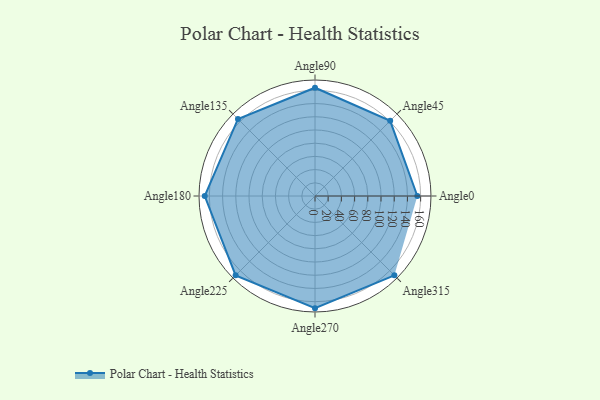
{"axis": {"x": "Angle", "y": "Radius"}, "legend": [""], "data": [{"x": "Angle0", "y": 155.0, "type": ""}, {"x": "Angle45", "y": 161.0, "type": ""}, {"x": "Angle90", "y": 164.0, "type": ""}, {"x": "Angle135", "y": 165.0, "type": ""}, {"x": "Angle180", "y": 167.0, "type": ""}, {"x": "Angle225", "y": 170, "type": ""}, {"x": "Angle270", "y": 170, "type": ""}, {"x": "Angle315", "y": 170, "type": ""}]}